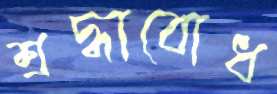
শ্রদ্ধাবোধ